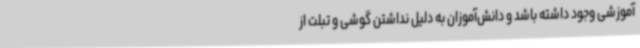
آموزشی وجود داشته باشد و دانش‌آموزان به دلیل نداشتن گوشی و تبلت از